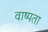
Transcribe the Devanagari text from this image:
वाष्पता